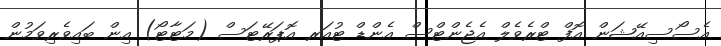
އެސޯސިއޭޝަން އޮފް ޓްރެވެލް އެޖެންޓްސް އެންޑް ޓުއަރ އޮޕަރޭޓަސް (މަޓާޓޯ) އިން ބައިވެރިވަމުން